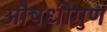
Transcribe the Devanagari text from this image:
औषधीगुण